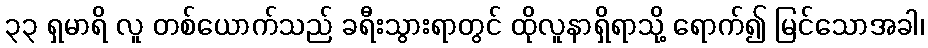
၃၃ ရှမာရိ လူ တစ်ယောက်သည် ခရီးသွားရာတွင် ထိုလူနာရှိရာသို့ ရောက်၍ မြင်သောအခါ၊